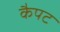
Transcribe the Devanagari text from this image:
कैपट